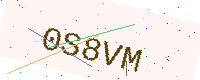
Text: 0S8VM